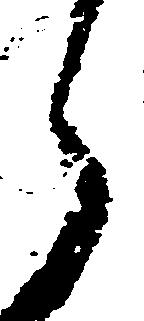
之